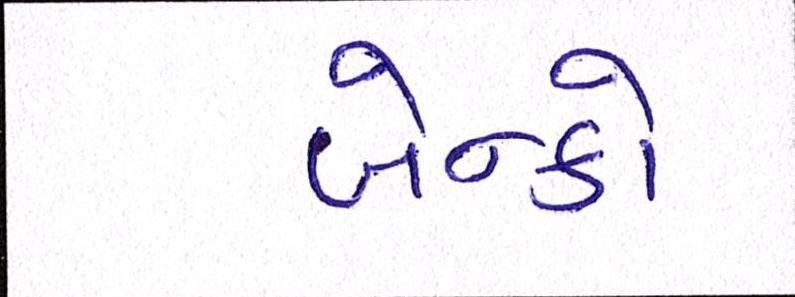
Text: બેન્કો